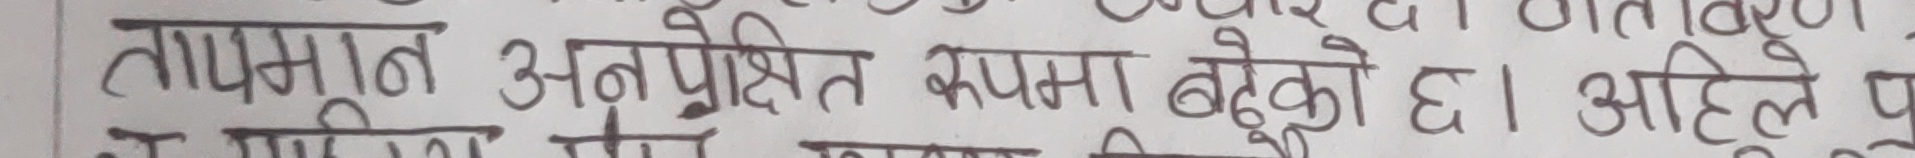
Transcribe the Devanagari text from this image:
तापमान अनपेक्षित रुपमा बढेको छ। अहिले पू